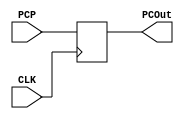
`timescale 1ns / 1ps

/// PC ///
module PC(
input CLK,
input [31 : 0] PCP,
output [31 : 0] PCOut //32-BIT INSTRUCTION THAT IS FETCHED INTO INSTRUCTION MEMORY
);

reg [31 : 0] next;

initial begin
    next = 32'h00000000;
end

always @(posedge CLK) begin
    next <= PCP;        //Reads from PC' 
end

assign PCOut = next;    //Fetch address assogned to PCOut

endmodule